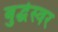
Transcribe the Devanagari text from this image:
बुद्धेस्वर